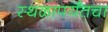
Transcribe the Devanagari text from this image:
स्थळापर्यंतचा